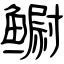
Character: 鳚